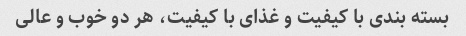
بسته بندی با کیفیت و غذای با کیفیت، هر دو خوب و عالی